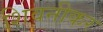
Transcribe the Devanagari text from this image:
शिवनीकर